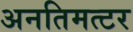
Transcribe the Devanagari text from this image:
अनतिमत्टर